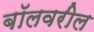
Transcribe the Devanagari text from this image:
बॉलवरील